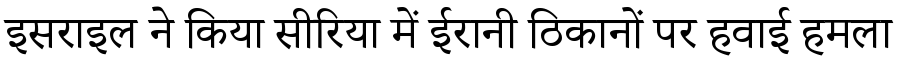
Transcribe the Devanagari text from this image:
इसराइल ने किया सीरिया में ईरानी ठिकानों पर हवाई हमला